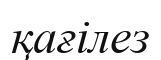
қағілез